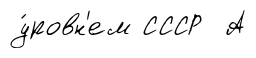
у́ровн'ем СССР А